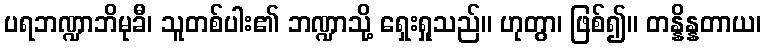
ပရဘဏ္ဍာဘိမုခီ၊ သူတစ်ပါး၏ ဘဏ္ဍာသို့ ရှေးရှုသည်။ ဟုတွာ၊ ဖြစ်၍။ တန္နိန္နတာယ၊